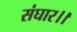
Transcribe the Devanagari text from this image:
संघार।।